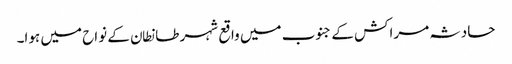
حادثہ مراکش کے جنوب میں واقع شہر طانطان کے نواح میں ہوا۔